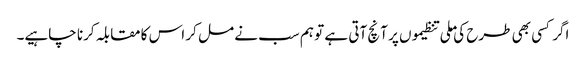
اگر کسی بھی طرح کی ملی تنظیموں پر آنچ آتی ہے تو ہم سب نے مل کر اس کا مقابلہ کرنا چاہیے۔